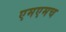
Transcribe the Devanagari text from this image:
एमएमच